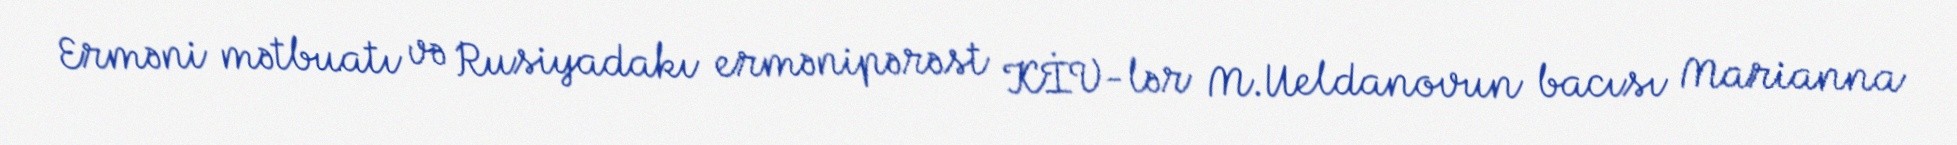
Erməni mətbuatı və Rusiyadakı ermənipərəst KİV-lər M.Ueldanovun bacısı Marianna